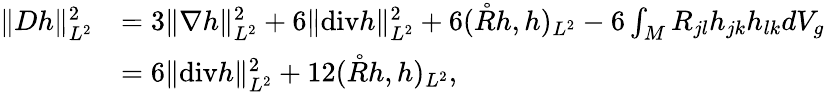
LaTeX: \begin{array}{rl}{\| Dh\| _{L^{2}}^{2}}&{=3\| \nabla h\| _{L^{2}}^{2}+6\| \mathrm{div}h\| _{L^{2}}^{2}+6(\mathring{R}h,h)_{L^{2}}-6\int_{M}R_{jl}h_{jk}h_{lk}dV_{g}}\\ &{=6\| \mathrm{div}h\| _{L^{2}}^{2}+12(\mathring{R}h,h)_{L^{2}},}\end{array}